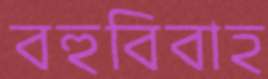
বহুবিবাহ